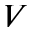
V